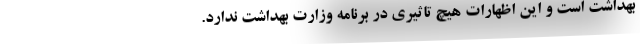
بهداشت است و این اظهارات هیچ تاثیری در برنامه وزارت بهداشت ندارد.